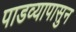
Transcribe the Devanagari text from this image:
पाडव्यापासुन